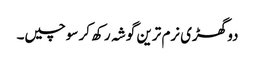
دو گھڑی نرم ترین گوشہ رکھ کر سوچیں۔